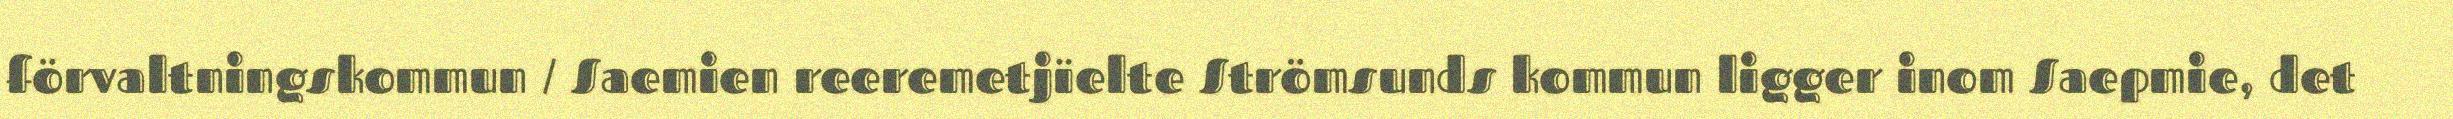
förvaltningskommun / Saemien reeremetjïelte Strömsunds kommun ligger inom Saepmie, det